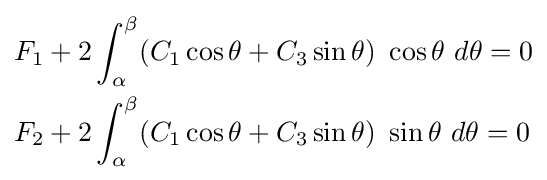
{\begin{aligned}F_{1}&+2\int _{\alpha }^{\beta }(C_{1}\cos \theta +C_{3}\sin \theta )~\cos \theta ~d\theta =0\\F_{2}&+2\int _{\alpha }^{\beta }(C_{1}\cos \theta +C_{3}\sin \theta )~\sin \theta ~d\theta =0\end{aligned}}